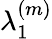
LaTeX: \lambda_{1}^{(m)}